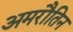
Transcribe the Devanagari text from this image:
अमरौतिन